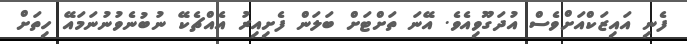
ފެނި އައިޒަކްއަށްވެސް އުދަގޫވިއެވެ. އޭނަ ތަށްޓަށް ބަލަން ފެށިއިރު އެއްޗެކޭ ނުބުނެވުނުނަމައޭ ހިތަށް